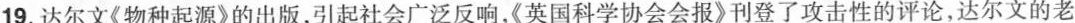
19.达尔文《物种起源》的出版，引起社会广泛反响，《英国科学协会会报》刊登了攻击性的评论，达尔文的老